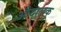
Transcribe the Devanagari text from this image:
औदालक